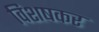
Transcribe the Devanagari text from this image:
विशषकर